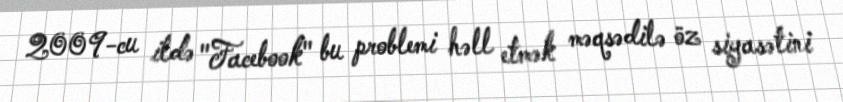
2009-cu ildə "Facebook" bu problemi həll etmək məqsədilə öz siyasətini